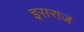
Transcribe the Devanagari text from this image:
इसराज